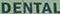
DENTAL